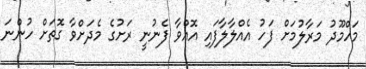
މަހްމޫދު މަރާލުމަށް ފަހު އެއްލާލާފައި އޮއްވާ ފެނުނީ ރަށުގެ މެދަށްވާ ގޮތަށް ހުންނަ